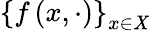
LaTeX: \left\{ f\left(x,\cdot\right)\right\} _{x\in\mathit{X}}